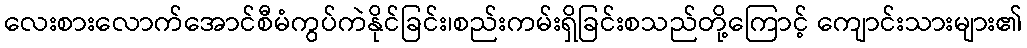
လေးစားလောက်အောင်စီမံကွပ်ကဲနိုင်ခြင်း၊စည်းကမ်းရှိခြင်းစသည်တို့ကြောင့် ကျောင်းသားများ၏